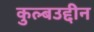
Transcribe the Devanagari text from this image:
कुल्बउद्दीन